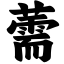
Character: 薷